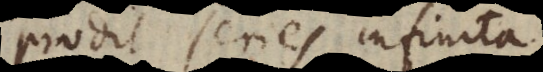
prodit series infinita